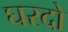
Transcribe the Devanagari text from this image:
घरदो